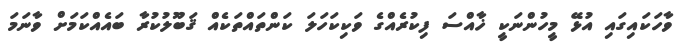
ވާހަކައިގައި އުޅޭ މީހުންނަކީ ޚާއްސަ ފިކުރެއްގެ ވަކިކަހަލަ ކަންތައްތަކެއް ޤަބޫލުކުރާ ބައެއްކަމަށް ވާނަމަ